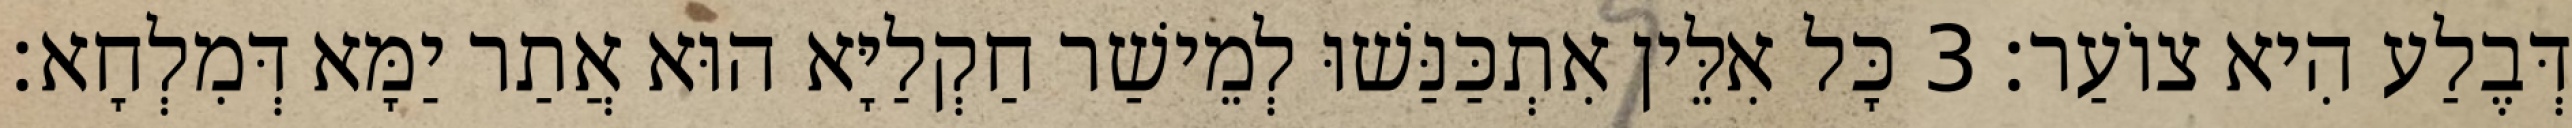
דְּבֶלַע הִיא צוֹעַר׃ 3 כָּל אִלֵּין אִתְכַּנַּשׁוּ לְמֵישַׁר חַקְלַיָּא הוּא אֲתַר יַמָּא דְּמִלְחָא׃